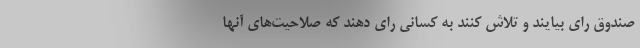
صندوق رای بیایند و تلاش کنند به کسانی رای دهند که صلاحیت‌های آنها